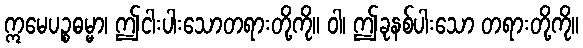
ဣမေပဉ္စဓမ္မာ၊ ဤငါးပါးသောတရားတို့ကို။ ဝါ၊ ဤခုနစ်ပါးသော တရားတို့ကို။